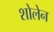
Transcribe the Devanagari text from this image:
शोलेन